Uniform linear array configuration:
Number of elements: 4
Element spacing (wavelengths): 0.5
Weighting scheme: cosine
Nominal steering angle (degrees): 0
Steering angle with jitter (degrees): -1.063
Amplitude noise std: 0.05
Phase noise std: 0.05

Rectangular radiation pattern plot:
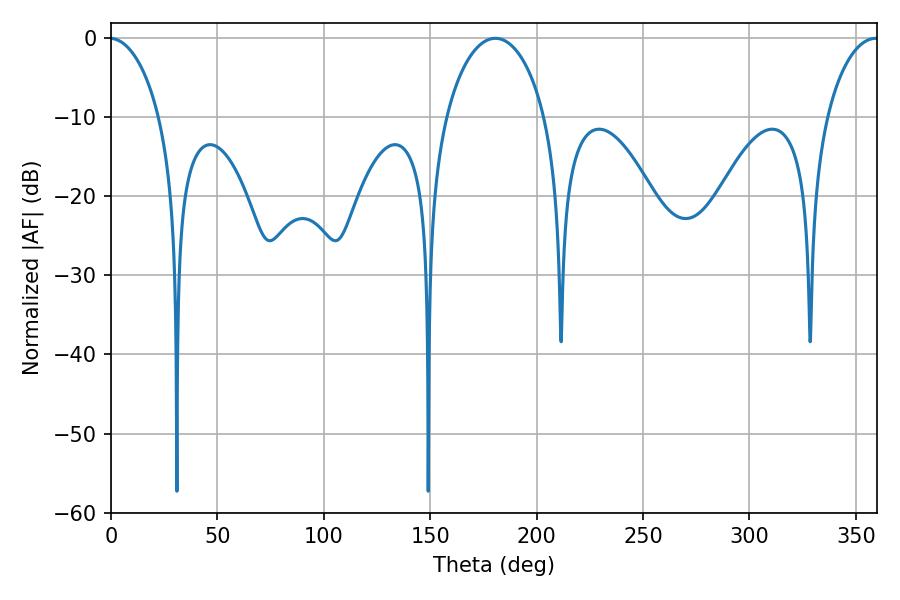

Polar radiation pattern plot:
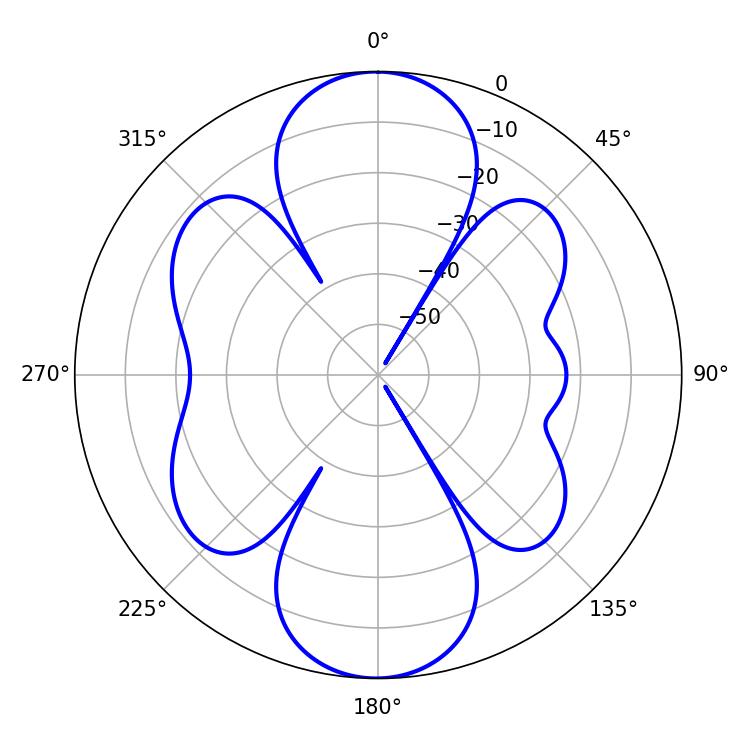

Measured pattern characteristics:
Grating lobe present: FALSE
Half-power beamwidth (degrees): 26.82
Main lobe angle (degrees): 180.54